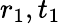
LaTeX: r_{1},t_{1}